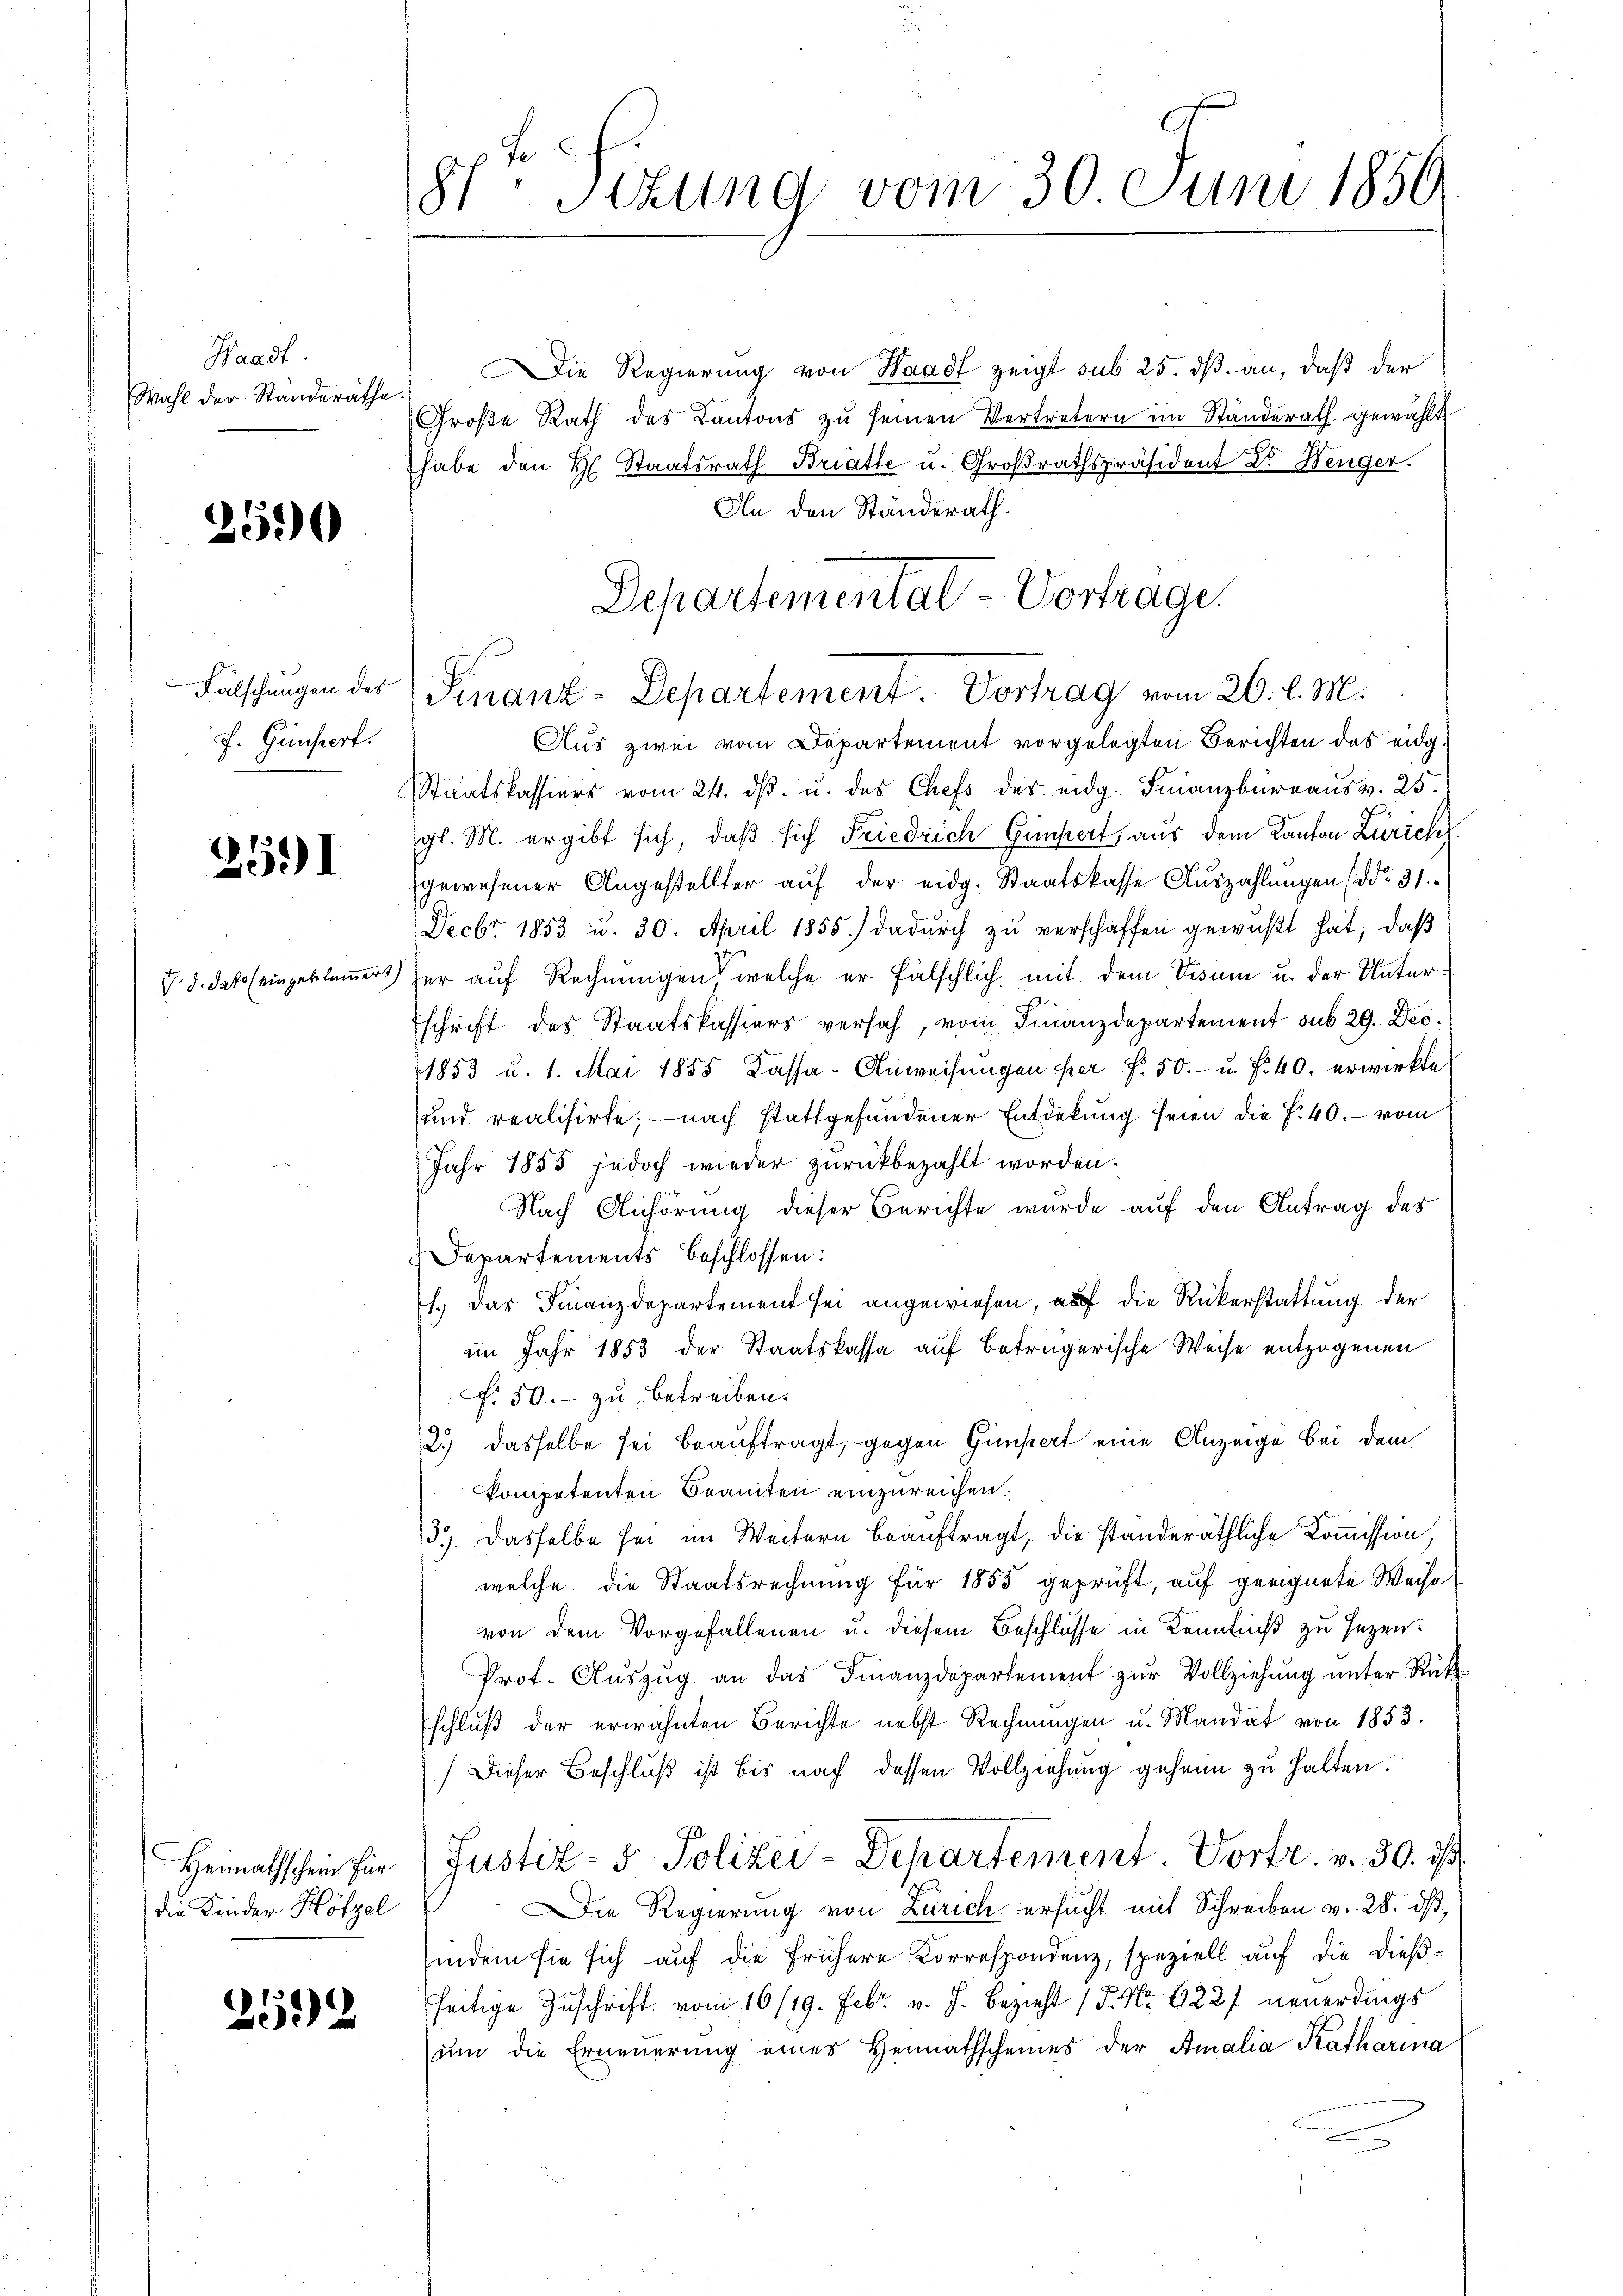
Waadt.
Wahl der Ständeräthe.

2690

f. Gunstert.

2591

Die Regierung von Waadt zeigt sub 25. dβ an, daß der
Groβe Rath des Kantons zŭ seinen Vertretern im Standerath gewählt
habe den H. Staatsrath Bratte u. Großrathspräsident Dr. Benger.
An den Ständerath.
Departementat- Vortrage.

Aus zwei vom Departement vorgelegten Berichten das eidg.
Staatskassiers vom 24. dβ. u. das Chefs des eidg. Finanzbüreaŭs v. 25.
gl. M. ergibt sich, daß sich Friedrich Gimpert, aus dem Kanton Zürich
gewesener Angestellter auf der eidg. Staatskasse Auszahlungen (ddo 31.
Fecbr. 1853 u. 30. April 1855.) dadurch zu verschaffen gewußt hat, daß
v. 5. daß eingeklammer) her auf Rechnungen welche er fälschlich, mit dem Visum u. der Unterschrift des Staatskassiers versah, vom Finanzdepartement sub 29. Dec.
1853 u. 1. Mai 1855 Kassa-Anweisŭngen per f. 50.- u. f. 40. erwirkte
und realisirte; — nach stattgefundener Entdekung seien die f. 40. — vom
Jahr 1885 jedoch wieder zurückbezahlt worden.
Nach Anhörung dieser Berichte wurde auf den Antrag des
Departements beschlossen:
1.) Das Finanzdepartement sei angewiesen, auf die Rükerstattung der
im Jahr 1853 der Staatskassa auf betrügerische Weise entzogenen
N. 50. zu betreiben.
2.) dasselbe sei beauftragt, gegen Gimpert eine Anzeige bei dem
kompetenten Beamten einzureichen.
33. Dasselbe sei im Weitern beauftragt, die standeräthliche Kommission,
welche die Staatsrechnung für 1855 geprüft, auf geeignete Weise
von dem Vorgefallenen u. diesem Beschlüsse in Kenntniß zu sezen:
Prot. Aŭszŭg an das Finanzdepartement zŭr Vollziehŭng ŭnter Rück-
schluß der erwähnten Berichte nebst Rechnungen u. Mandat von 1853.
(Dieser Beschluß ist bis nach dessen Vollziehung geheim zu halten.
Heimathschein für Justiz- & Polizei-Departement. Vortr. v. 30. ds.
Die Regierung von Zürich ersucht mit Schreiben v. 28. dß,
hindem sie sich auf die frühere Korrespondenz, speziell auf die dießseitige Zuschrift vom 16/19. Febr. v. J. Bezieht (P. Nr. 3227 neuerdings
ŭm die Erneuerung eines Heimathscheines der Amalia Katharina

die Kinder Hötzel

2592

8te Sizung vom 30. Juni 1850.

Fälschungen der Finanz-Departement. Vortrag vom 26. d. M.